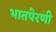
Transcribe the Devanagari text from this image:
भातपेरणी